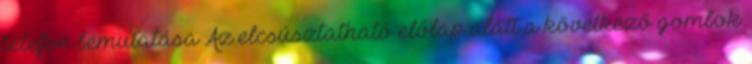
telefon bemutatása Az elcsúsztatható előlap alatt a következő gombok